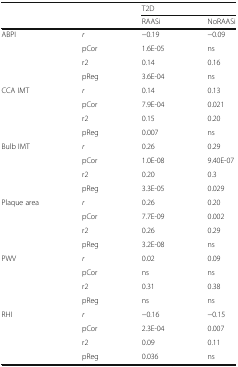
<table><thead><tr><td></td><td></td><td colspan="2"><b>T2D</b></td></tr><tr><td></td><td></td><td><b>RAASi</b></td><td><b>NoRAASi</b></td></tr></thead><tbody><tr><td rowspan="4">ABPI</td><td><i>r</i></td><td>−0.19</td><td>−0.09</td></tr><tr><td>pCor</td><td>1.6E-05</td><td>ns</td></tr><tr><td>r2</td><td>0.14</td><td>0.16</td></tr><tr><td>pReg</td><td>3.6E-04</td><td>ns</td></tr><tr><td rowspan="4">CCA IMT</td><td><i>r</i></td><td>0.14</td><td>0.13</td></tr><tr><td>pCor</td><td>7.9E-04</td><td>0.021</td></tr><tr><td>r2</td><td>0.15</td><td>0.20</td></tr><tr><td>pReg</td><td>0.007</td><td>ns</td></tr><tr><td rowspan="4">Bulb IMT</td><td><i>r</i></td><td>0.26</td><td>0.29</td></tr><tr><td>pCor</td><td>1.0E-08</td><td>9.40E-07</td></tr><tr><td>r2</td><td>0.20</td><td>0.3</td></tr><tr><td>pReg</td><td>3.3E-05</td><td>0.029</td></tr><tr><td rowspan="4">Plaque area</td><td><i>r</i></td><td>0.26</td><td>0.20</td></tr><tr><td>pCor</td><td>7.7E-09</td><td>0.002</td></tr><tr><td>r2</td><td>0.26</td><td>0.29</td></tr><tr><td>pReg</td><td>3.2E-08</td><td>ns</td></tr><tr><td rowspan="4">PWV</td><td><i>r</i></td><td>0.02</td><td>0.09</td></tr><tr><td>pCor</td><td>ns</td><td>ns</td></tr><tr><td>r2</td><td>0.31</td><td>0.38</td></tr><tr><td>pReg</td><td>ns</td><td>ns</td></tr><tr><td rowspan="4">RHI</td><td><i>r</i></td><td>−0.16</td><td>−0.15</td></tr><tr><td>pCor</td><td>2.3E-04</td><td>0.007</td></tr><tr><td>r2</td><td>0.09</td><td>0.11</td></tr><tr><td>pReg</td><td>0.036</td><td>ns</td></tr></tbody></table>